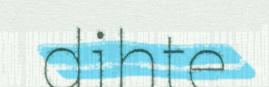
dihte